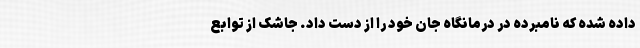
داده شده که نامبرده در درمانگاه جان خود را از دست داد. جاشک از توابع